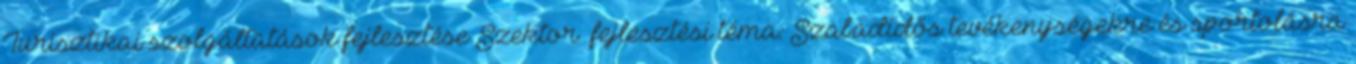
Turisztikai szolgáltatások fejlesztése Szektor fejlesztési téma: Szabadidős tevékenységekre és sportolásra